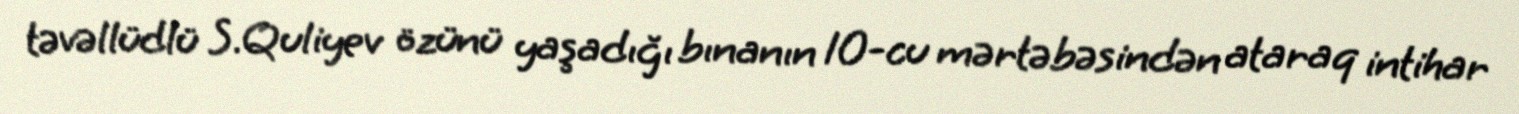
təvəllüdlü S.Quliyev özünü yaşadığı bınanın 10-cu mərtəbəsindən ataraq intihar